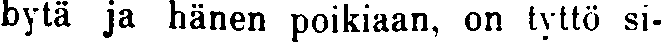
bytä ja hänen poikiaan, on tyttö si-